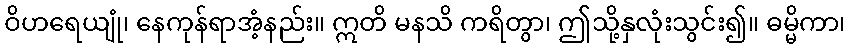
ဝိဟရေယျုံ၊ နေကုန်ရာအံ့နည်း။ ဣတိ မနသိ ကရိတွာ၊ ဤသို့နှလုံးသွင်း၍။ ဓမ္မိကာ၊